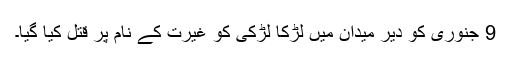
9 جنوری کو دیر میدان میں لڑکا لڑکی کو غیرت کے نام پر قتل کیا گیا۔